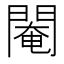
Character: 閹